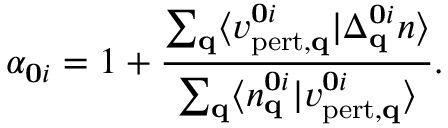
\alpha _ { \mathbf { 0 } i } = 1 + \frac { \sum _ { \mathbf { q } } \langle v _ { \mathrm { p e r t , \mathbf { q } } } ^ { \mathbf { 0 } i } \vert \Delta _ { \mathbf { q } } ^ { \mathbf { 0 } i } n \rangle } { \sum _ { \mathbf { q } } \langle n _ { \mathbf { q } } ^ { \mathbf { 0 } i } \vert v _ { \mathrm { p e r t , \mathbf { q } } } ^ { \mathbf { 0 } i } \rangle } .